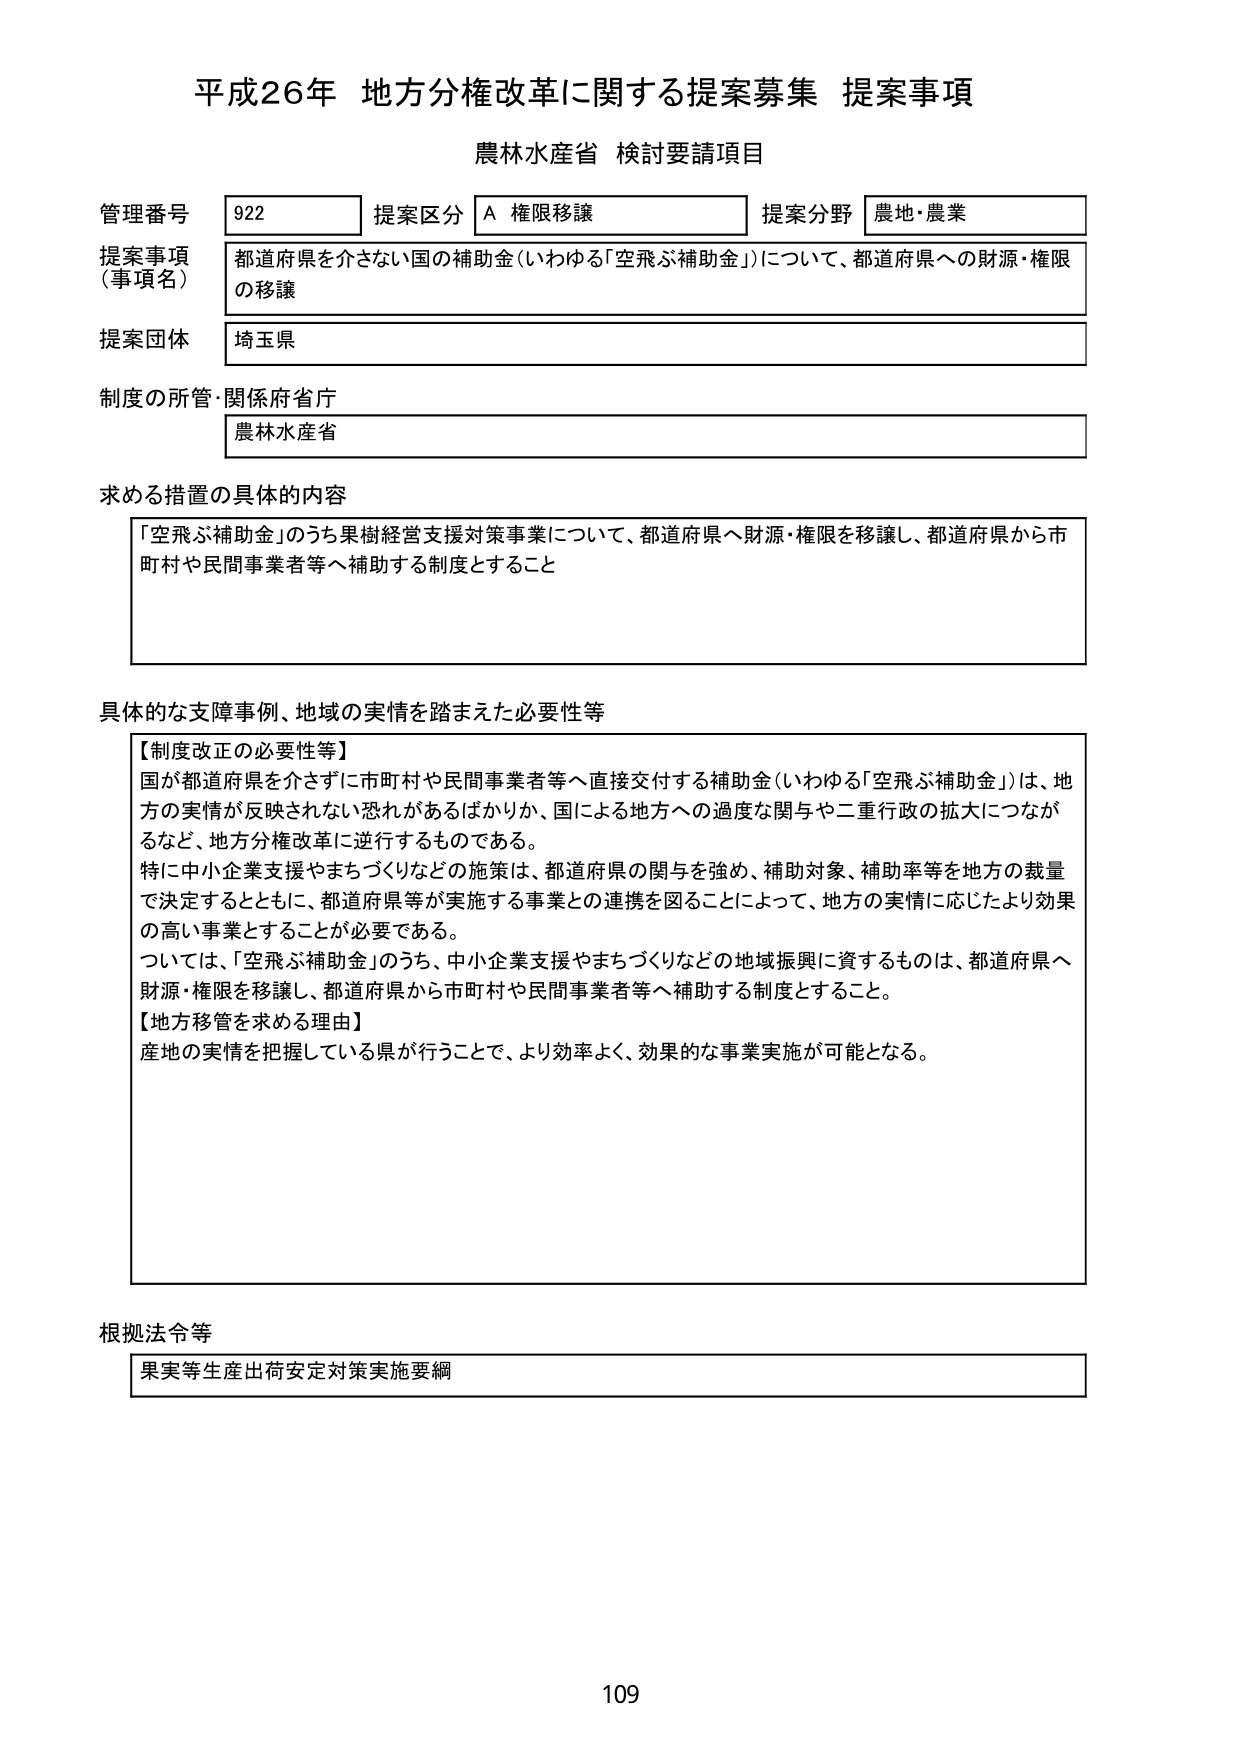
平成26年 地方分権改革に関する提案募集 提案事項
農林水産省 検討要請項目

管理番号 922 提案区分 A 権限移譲 提案分野 農地・農業
提案事項（事項名） 都道府県を介さない国の補助金（いわゆる「空飛ぶ補助金」）について、都道府県への財源・権限の移譲
提案団体 埼玉県
制度の所管・関係府省庁 農林水産省

求める措置の具体的な内容
「空飛ぶ補助金」のうち果樹経営支援対策事業について、都道府県へ財源・権限を移譲し、都道府県から市町村や民間事業者等へ補助する制度とすること

具体的な支障事例、地域の実情を踏まえた必要性等
【制度改正の必要性等】
国が都道府県を介さずに市町村や民間事業者等へ直接交付する補助金（いわゆる「空飛ぶ補助金」）は、地方の実情が反映されない恐れがあるばかりか、国による地方への過度な関与や二重行政の拡大につながるなど、地方分権改革に逆行するものである。
特に中小企業支援やまちづくりなどの施策は、都道府県の関与を強め、補助対象、補助率等を地方の裁量で決定するとともに、都道府県等が実施する事業との連携を図ることによって、地方の実情に応じたより効果の高い事業とすることが必要である。
ついては、「空飛ぶ補助金」のうち、中小企業支援やまちづくりなどの地域振興に資するものは、都道府県へ財源・権限を移譲し、都道府県から市町村や民間事業者等へ補助する制度とすること。
【地方移管を求める理由】
産地の実情を把握している県が行うことで、より効率よく、効果的な事業実施が可能となる。

根拠法令等
果実等生産出荷安定対策実施要綱

109